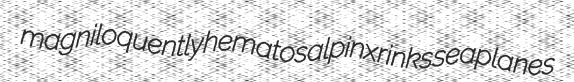
magniloquently hematosalpinx rinks seaplanes